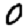
Digit: 0